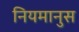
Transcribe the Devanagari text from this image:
नियमानुस